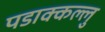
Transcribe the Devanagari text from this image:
पडाक्कल्लु